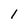
Character: 1